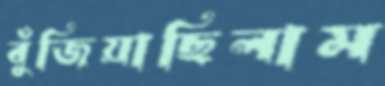
বুঁজিয়াছিলাম